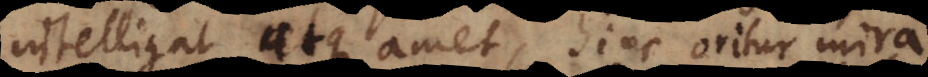
intelligat atque amet, hinc oritur mira